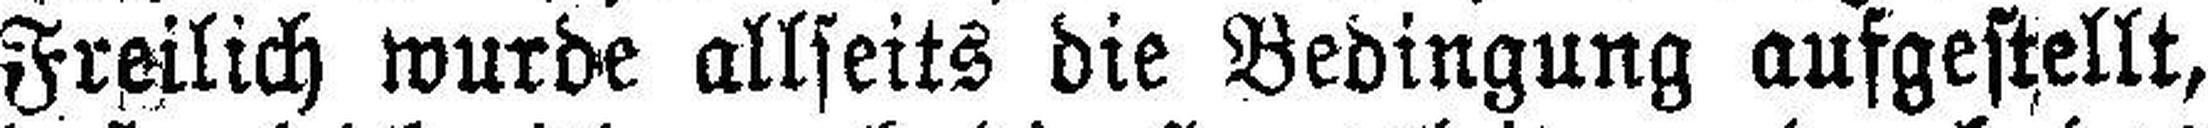
Freilich wurde allseits die Bedingung aufgestellt,